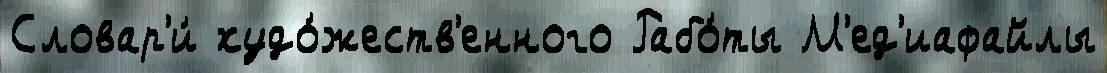
Словар'и́ худо́жеств'енного Рабо́ты М'ед'иафайлы